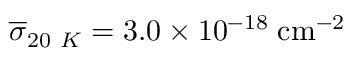
\overline { { \sigma } } _ { 2 0 ~ K } = 3 . 0 \times 1 0 ^ { - 1 8 } \; \mathrm { { c m ^ { - 2 } } }